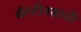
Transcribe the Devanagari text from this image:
कॅन्टीनसाठी